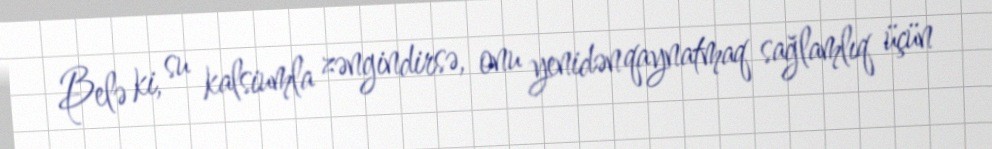
Belə ki, su kalsiumla zəngindirsə, onu yenidən qaynatmaq sağlamlıq üçün